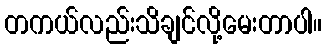
တကယ်လည်းသိချင်လို့မေးတာပါ။